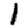
Digit: 1